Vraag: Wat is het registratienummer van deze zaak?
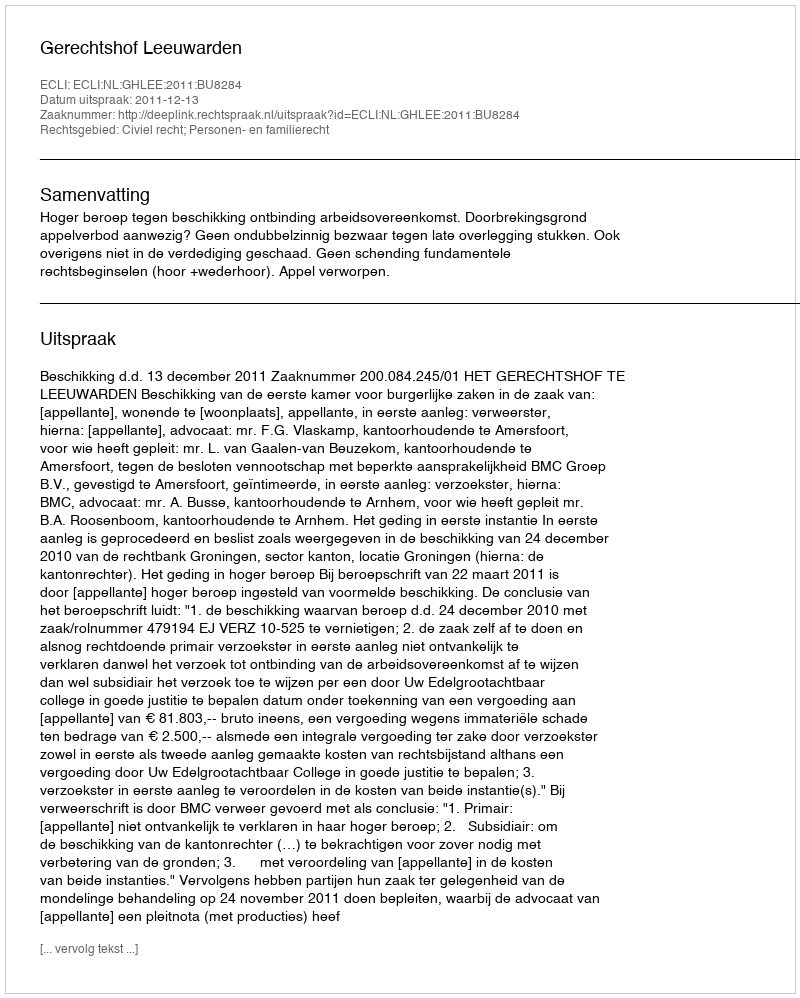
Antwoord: http://deeplink.rechtspraak.nl/uitspraak?id=ECLI:NL:GHLEE:2011:BU8284